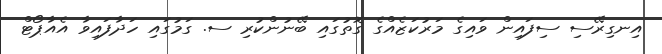
އިނގިރޭސި ސިފައިން ވައިގެ މަރުކަޒެއްގެ ގޮތުގައި ބޭނުންކުރި ސ. ގަމުގައި ހަދާފައިވާ އެއާޕޯޓް